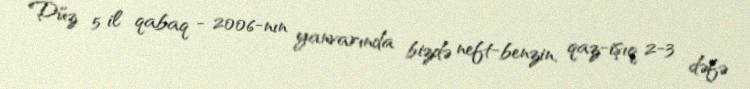
Düz 5 il qabaq - 2006-nın yanvarında bizdə neft-benzin, qaz-işıq 2-3 dəfə